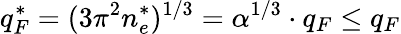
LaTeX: q_{F}^{*}=(3\pi^{2}n_{e}^{*})^{1/3}=\alpha^{1/3}\cdot q_{F}\le q_{F}